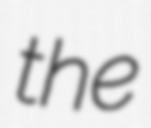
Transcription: the